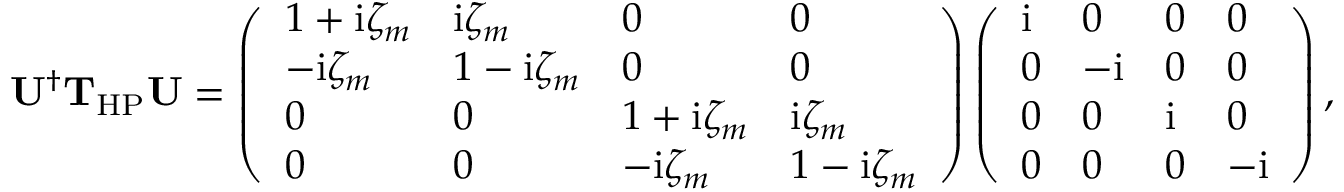
\mathbf U ^ { \dagger } \mathbf { T } _ { \mathrm { H P } } \mathbf U = \left( \begin{array} { l l l l } { 1 + \mathrm { i } \zeta _ { m } } & { \mathrm { i } \zeta _ { m } } & { 0 } & { 0 } \\ { - \mathrm { i } \zeta _ { m } } & { 1 - \mathrm { i } \zeta _ { m } } & { 0 } & { 0 } \\ { 0 } & { 0 } & { 1 + \mathrm { i } \zeta _ { m } } & { \mathrm { i } \zeta _ { m } } \\ { 0 } & { 0 } & { - \mathrm { i } \zeta _ { m } } & { 1 - \mathrm { i } \zeta _ { m } } \end{array} \right) \left( \begin{array} { l l l l } { \mathrm { i } } & { 0 } & { 0 } & { 0 } \\ { 0 } & { - \mathrm { i } } & { 0 } & { 0 } \\ { 0 } & { 0 } & { \mathrm { i } } & { 0 } \\ { 0 } & { 0 } & { 0 } & { - \mathrm { i } } \end{array} \right) ,